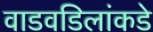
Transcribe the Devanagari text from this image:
वाडवडिलांकडे